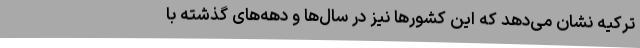
ترکیه نشان می‌دهد که این کشورها نیز در سال‌ها و دهه‌های گذشته با